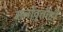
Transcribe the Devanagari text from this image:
मनोवृत्तीही